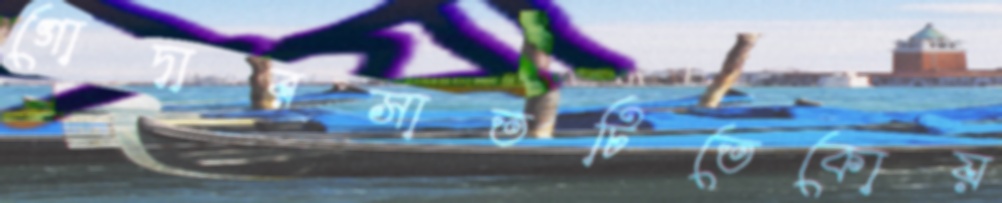
গোদারসাতটিতেকোয়